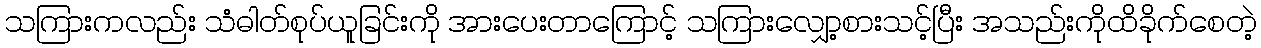
သကြားကလည်း သံဓါတ်စုပ်ယူခြင်းကို အားပေးတာကြောင့် သကြားလျှော့စားသင့်ပြီး အသည်းကိုထိခိုက်စေတဲ့